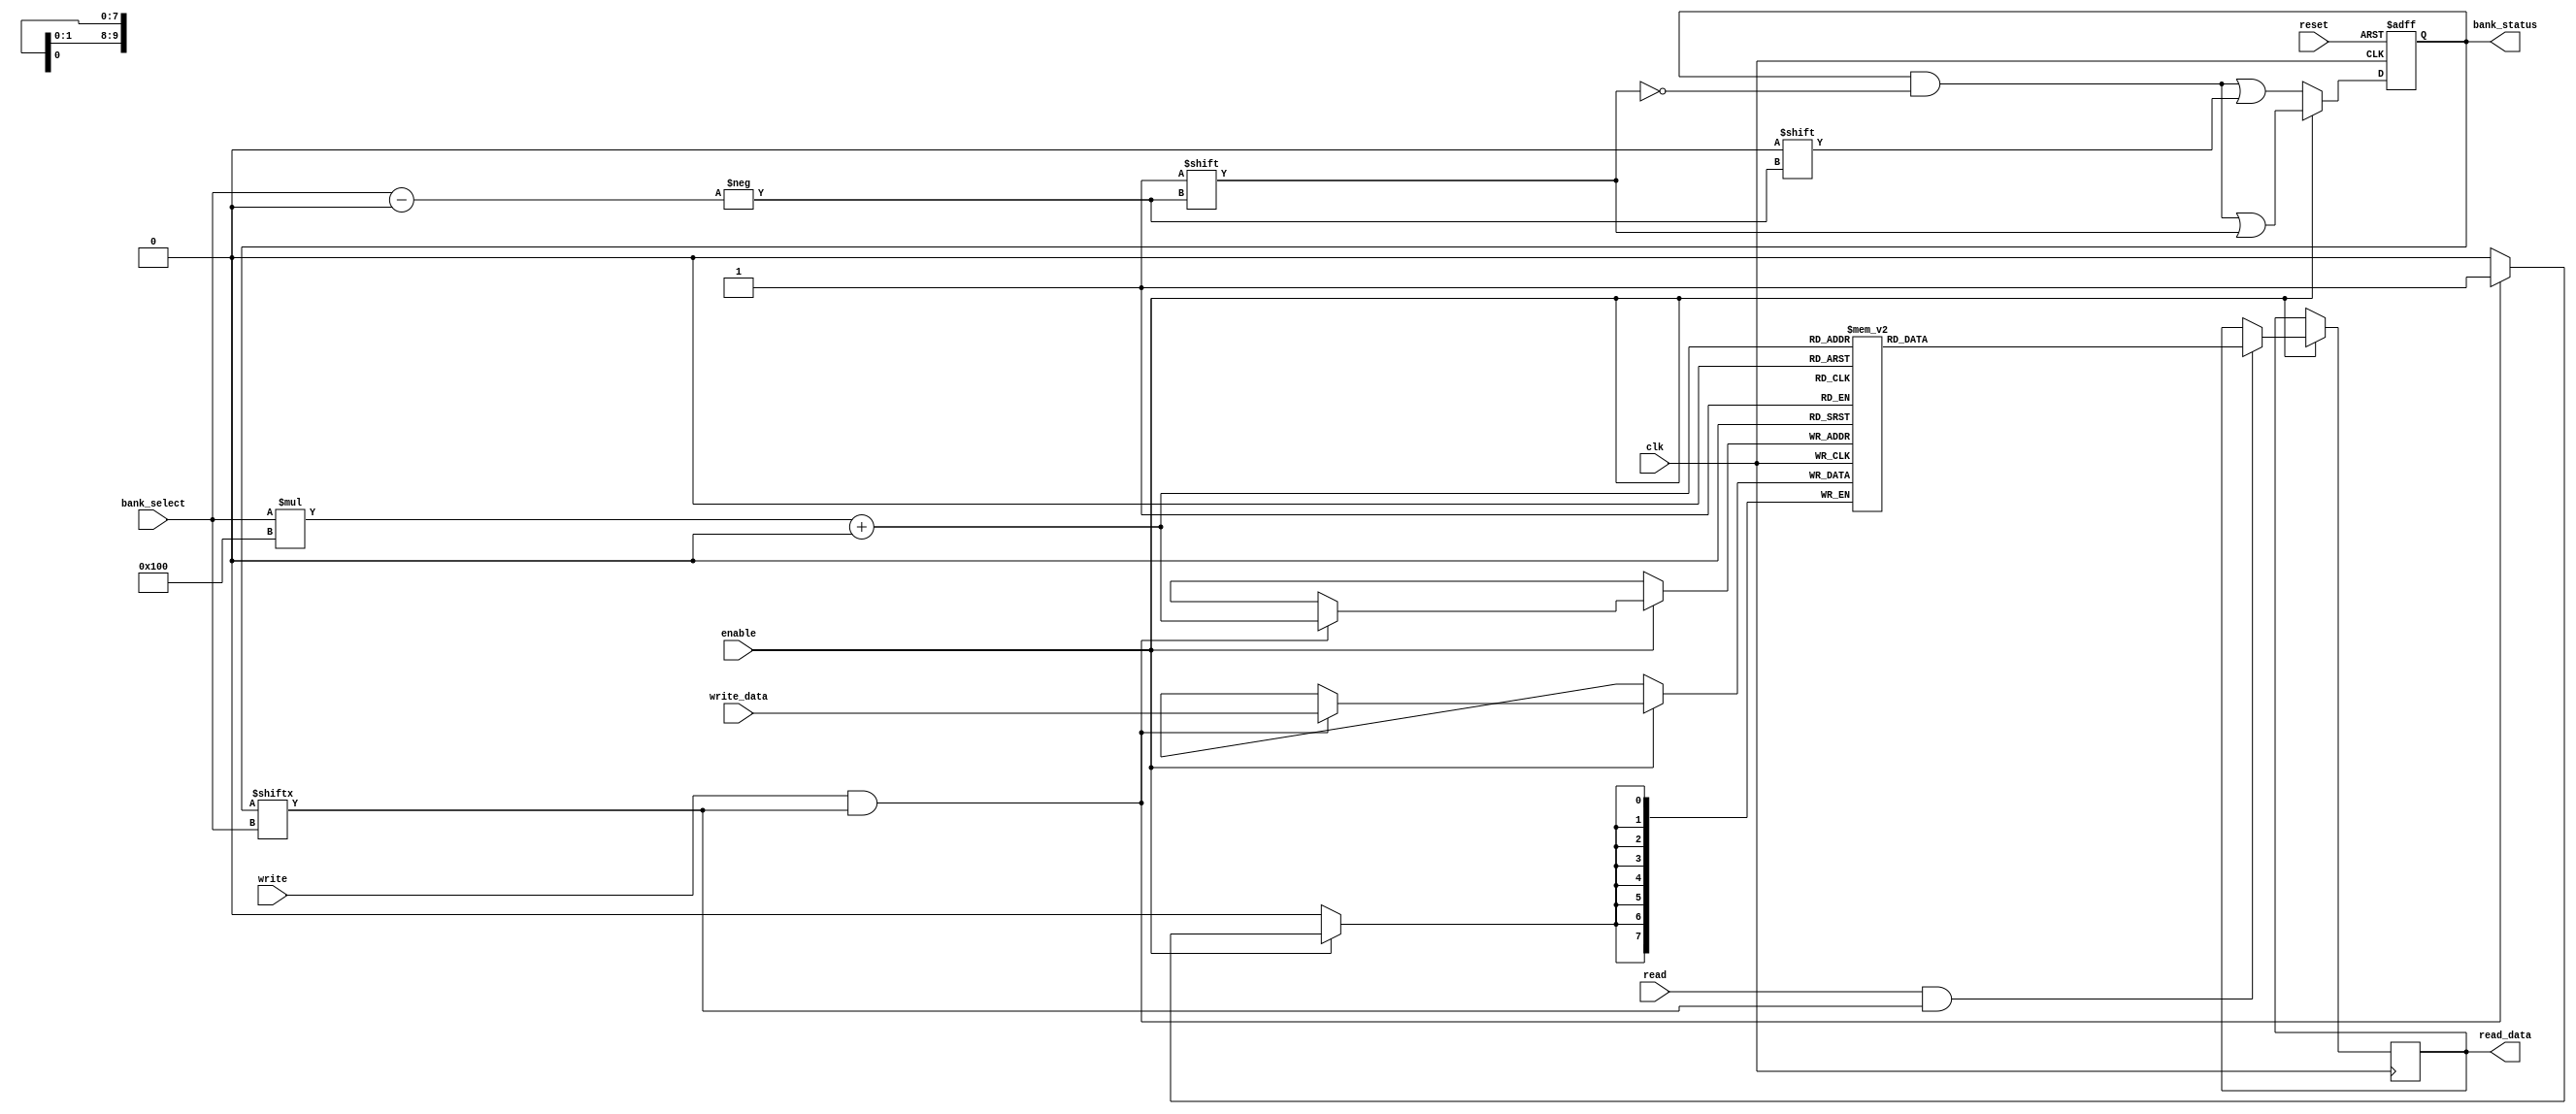
module MemoryBlocksControl (
    input wire clk,                // Clock signal
    input wire reset,              // Reset signal
    input wire [1:0] bank_select,  // Select signal for memory banks
    input wire enable,             // Enable signal for memory banks
    input wire read,               // Read control signal
    input wire write,              // Write control signal
    input wire [7:0] write_data,   // Data to write
    output reg [7:0] read_data,    // Data read from memory
    output reg [3:0] bank_status    // Status of each bank (active/inactive)
);

    // Define parameters for the memory banks
    parameter BANK_COUNT = 4;
    reg [7:0] memory [0:BANK_COUNT-1][0:255]; // 4 banks of 256 bytes each

    // Initialize bank status
    initial begin
        bank_status = 4'b0000; // All banks inactive
    end

    // Gating logic to manage bank enable states
    always @(posedge clk or posedge reset) begin
        if (reset) begin
            bank_status <= 4'b0000; // Reset all banks to inactive
        end else if (enable) begin
            bank_status[bank_select] <= 1; // Enable selected bank
        end else begin
            bank_status[bank_select] <= 0; // Disable selected bank
        end
    end

    // Read/Write operations based on the active banks
    always @(posedge clk) begin
        if (enable) begin
            if (write && bank_status[bank_select]) begin
                memory[bank_select][0] <= write_data; // Write data to the selected bank
            end
            if (read && bank_status[bank_select]) begin
                read_data <= memory[bank_select][0]; // Read data from the selected bank
            end
        end
    end

endmodule